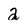
Character: 2